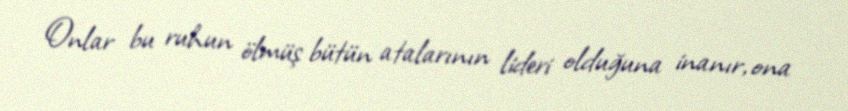
Onlar bu ruhun ölmüş bütün atalarının lideri olduğuna inanır, ona